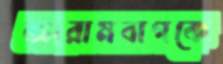
আরামবাগকে